Rangoon Lunatic Asylum 1878-1892 - 1878-1892
Year: 1878
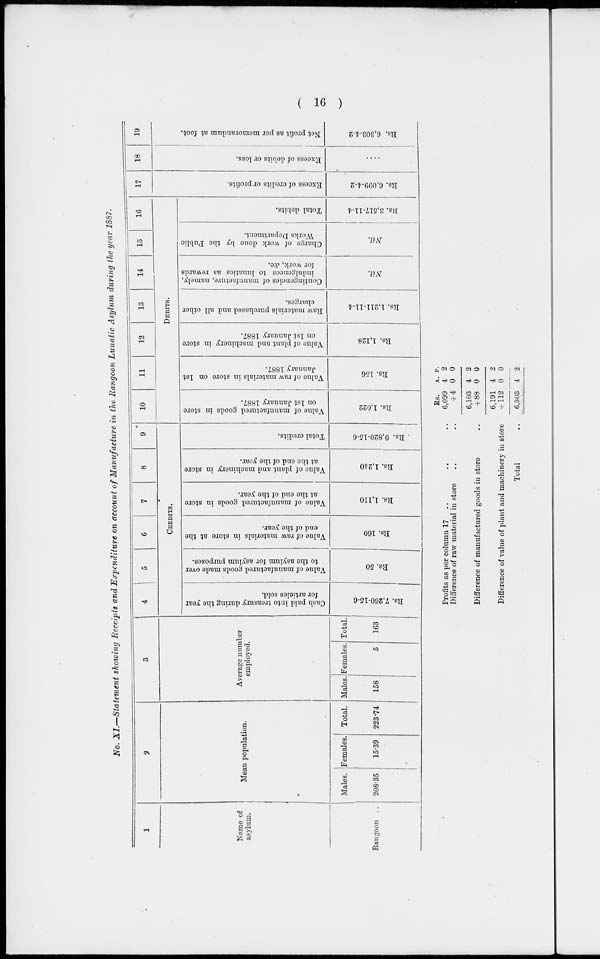
( 16 )
No. XI.—Statement showing Receipts and Expenditure on account of Manufacture in the Rangoon Lunatic Asylum during the year 1887.
1
Name of
asylum.
Rangoon ..
2
Mean population.
Males.
208.35
Females.
15.39
Total.
223.74
3
Average number
employed.
Males.
158
Females.
5
Total.
163
4
5
6
7
8
9
CREDITS.
Cash paid into treasury during the year
for articles sold.
Rs. 7,260-15-6
Value of manufactured goods made over
to the asylum for asylum purposes.
Rs. 50
Value of raw materials in store at the
end of the year.
Rs. 160
Value of manufactured goods in store
at the end of the year.
Rs. 1,110
Value of plant and machinery in store
at the end of the year.
Rs. 1,240
Total credits.
Rs. 9,820-15-6
10
11
12
13
14
15
16
DEBITS.
Value of manufactured goods in store
on 1st January 1887.
Rs. 1,022
Value of raw materials in store on 1st
January 1887.
Rs. 156
Value of plant and machinery in store
on 1st January 1887.
Rs. 1,128
Raw materials purchased and all other
charges.
Rs. 1,211-11-4
Contingencies of manufacture, namely,
indulgences to lunatics as rewards
for work, &c.
Nil.
Charge of work done by the Public
Works Department.
Nil.
Total debits.
Rs. 3,517-11-4
17
Excess of credits or profits.
Rs. 6,099-4-2
18
Excess of debits or loss.
....
19
Net profit as per memorandum at foot.
Rs. 6,303-4-2
Profits as per column 17 .. .. ..
Difference of raw material in store .. ..
Difference of manufactured goods in store ..
Difference of value of plant and machinery in store
Total ..
Rs.
6,099
+ 4
6,103
+ 88
6,191
+ 112
6,303
A.
4
0
4
0
4
0
4
P.
2
0
2
0
2
0
2